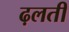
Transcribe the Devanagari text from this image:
ढ़लती